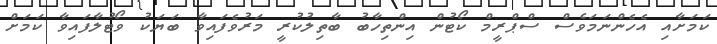
ކަމަށާއި އެހެންނަމަވެސް ސްޕްރީމް ކޯޓުން އިންތިހާބު ބާތިލުކުރީ މަރުވެފައިވާ ބަޔަކު ވޯޓުލާފައިވާ ކަމަށް